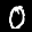
Label: 0